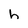
Character: h